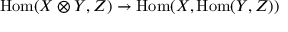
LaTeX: { \mathrm { H o m } } ( X \otimes Y , Z ) \to { \mathrm { H o m } } ( X , { \mathrm { H o m } } ( Y , Z ) )